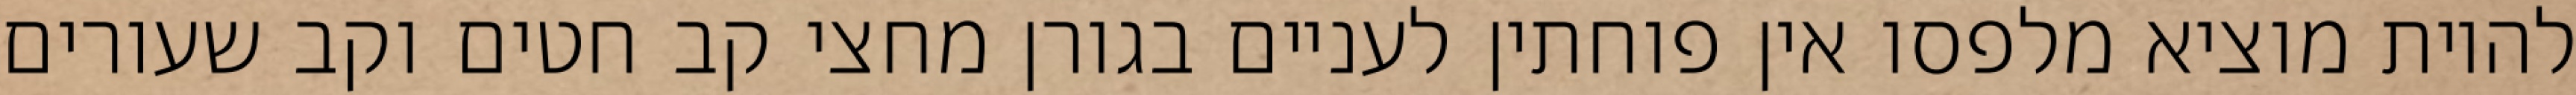
להיות מוציא מלפסו אין פוחתין לעניים בגורן מחצי קב חטים וקב שעורים